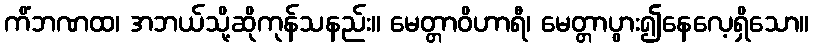
ကိံဘဏထ၊ အဘယ်သို့ဆိုကုန်သနည်း။ မေတ္တာဝိဟာရီ၊ မေတ္တာပွား၍နေလေ့ရှိသော။